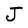
Character: J